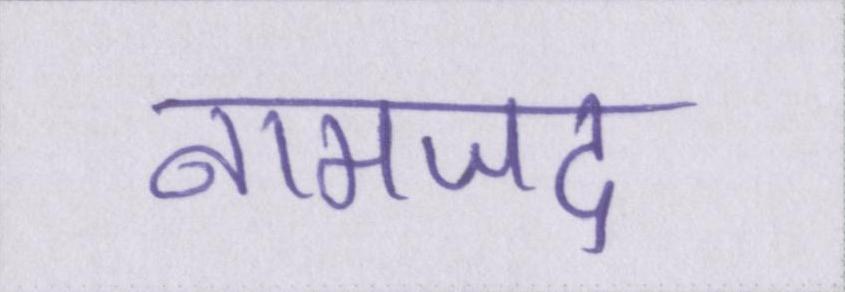
नामजद